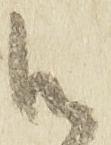
御